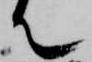
て